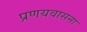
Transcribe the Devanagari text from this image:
प्रणयवासना